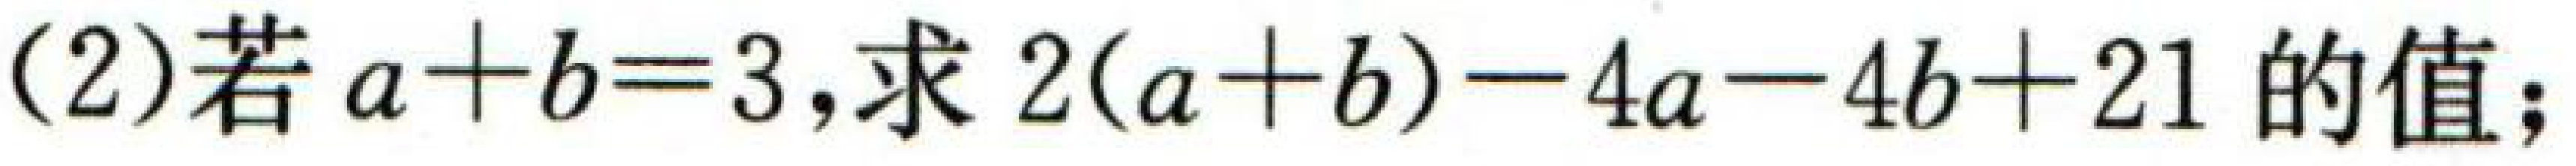
(2)若\(a + b = 3\),求\(2(a + b)-4a - 4b + 21\)的值;